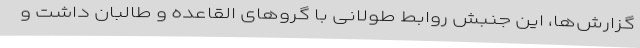
گزارش‌ها، این جنبش روابط طولانی با گروهای القاعده و طالبان داشت و